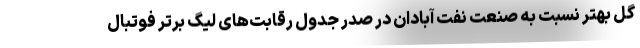
گل بهتر نسبت به صنعت نفت آبادان در صدر جدول رقابت‌های لیگ برتر فوتبال